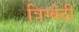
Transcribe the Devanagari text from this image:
त्रिग्वेदी